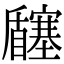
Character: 𡬉